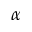
\alpha